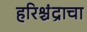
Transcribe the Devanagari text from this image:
हरिश्चंद्राचा